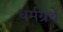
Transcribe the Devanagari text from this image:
धर्मग्रंथें